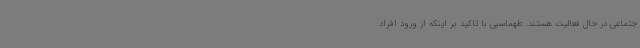
جتماعی در حال فعالیت هستند. طهماسبی با تاکید بر اینکه از ورود افراد